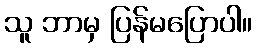
သူ ဘာမှ ပြန်မပြောပါ။